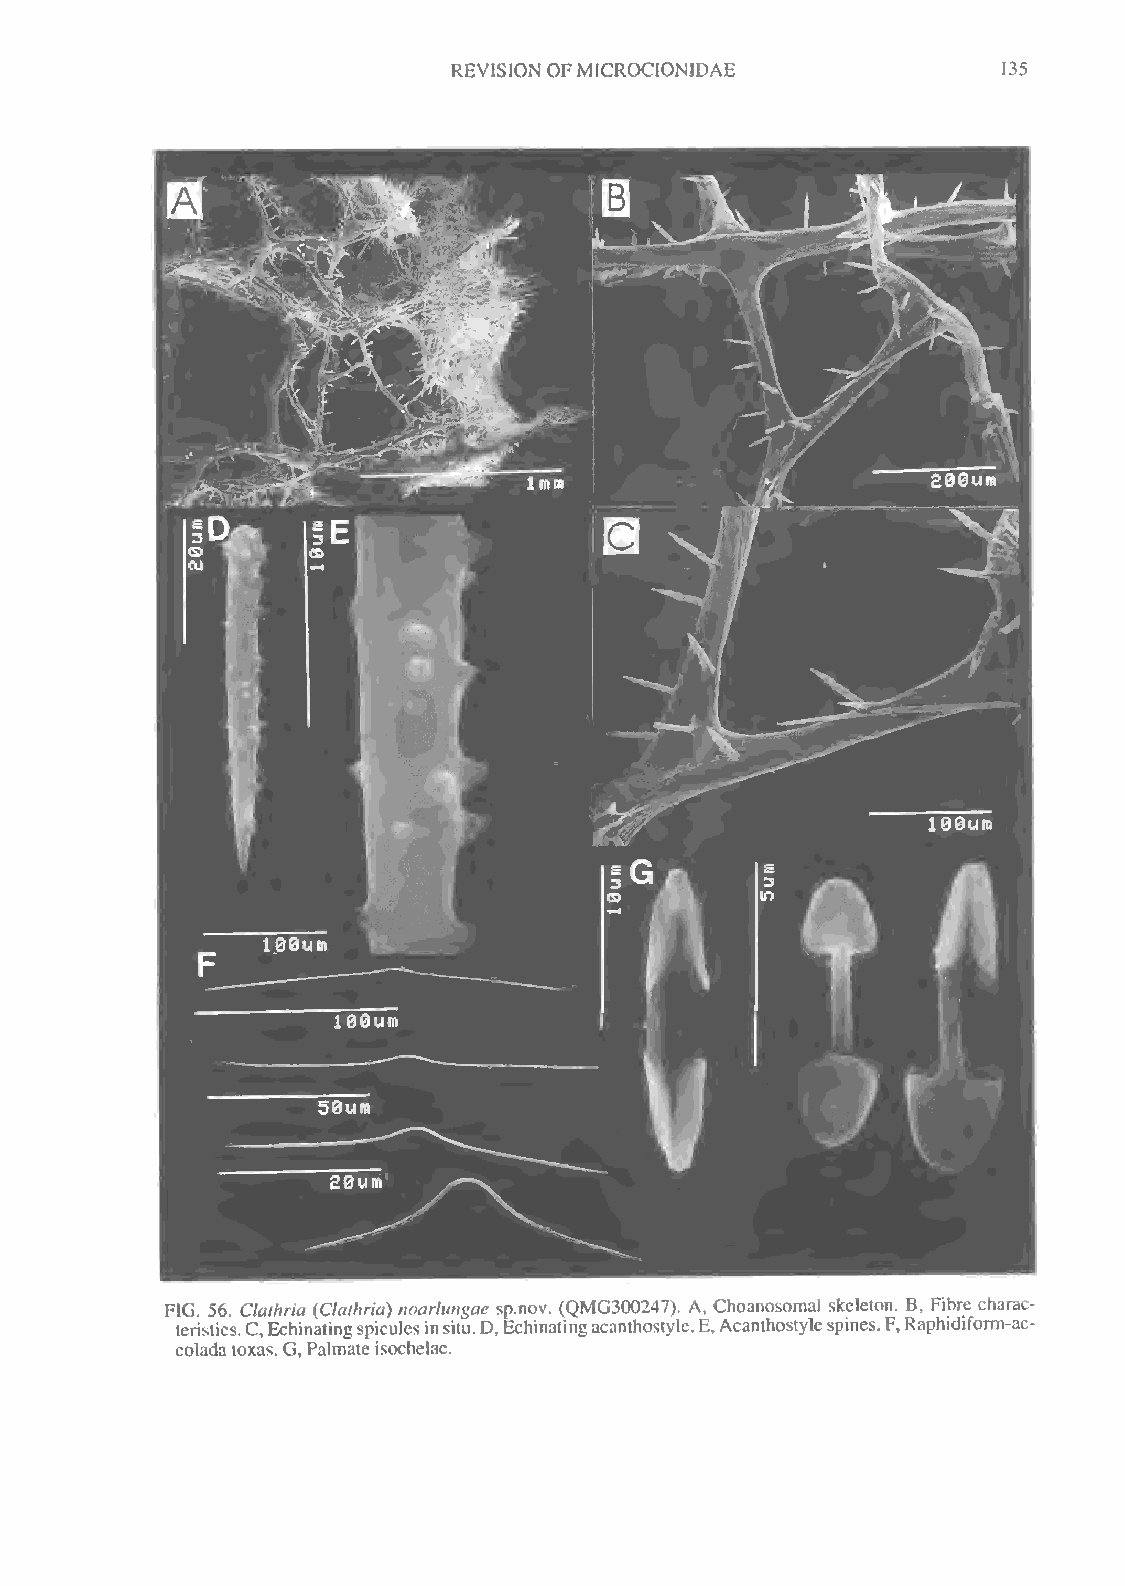
REVISIONOFMICROCIONIDAE             135
 FIG. 56. Clathria (Clathria) noarlungae sp.nov. (QMG300247). A, Choanosomal skeleton. B, Fibre charac-
 teristics.C,Echinatingspiculesinsitu.D,Echinatingacanthostyle.E,Acanthostylespines.F,Raphidiform-ac-
 coladatoxas. G, Palmateisochelae.